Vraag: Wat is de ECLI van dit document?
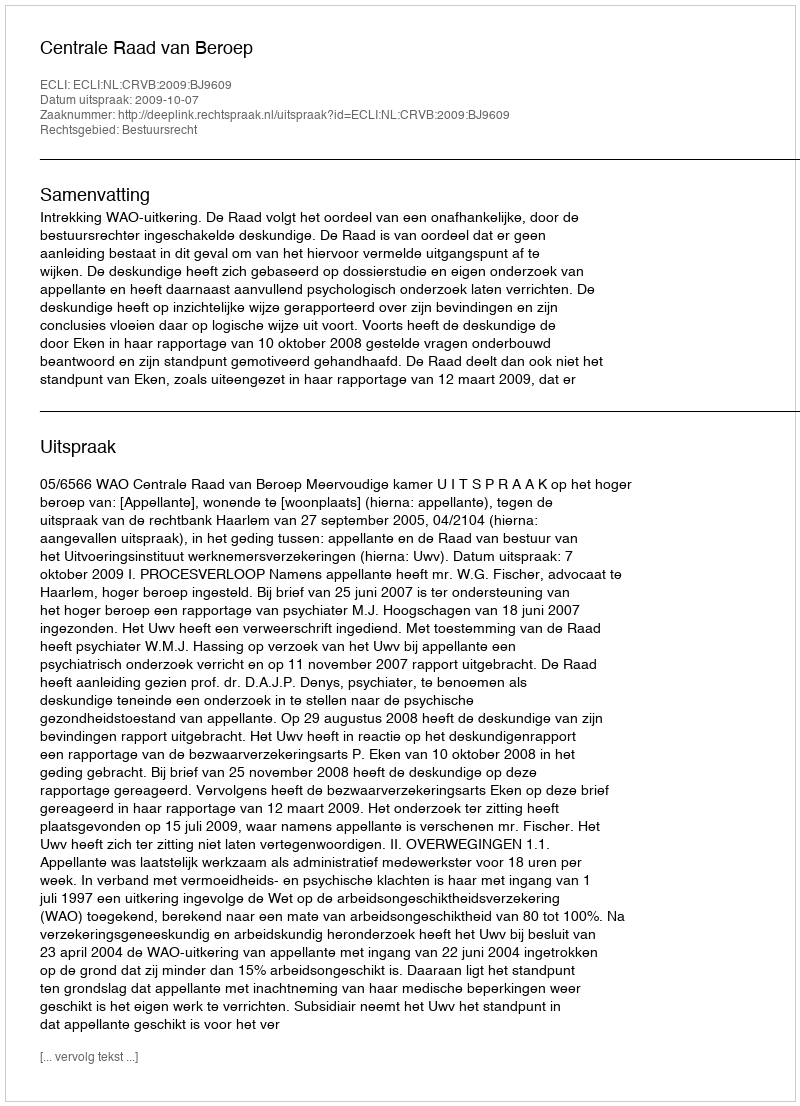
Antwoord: ECLI:NL:CRVB:2009:BJ9609